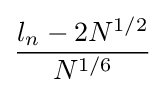
{\frac {l_{n}-2N^{1/2}}{N^{1/6}}}